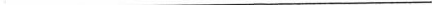
___